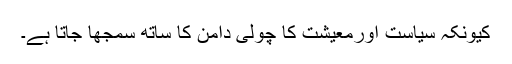
کیونکہ سیاست اورمعیشت کا چولی دامن کا ساتھ سمجھا جاتا ہے۔